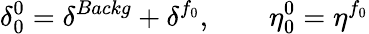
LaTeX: \delta_{0}^{0}=\delta^{Backg}+\delta^{f_{0}},\qquad\eta_{0}^{0}=\eta^{f_{0}}